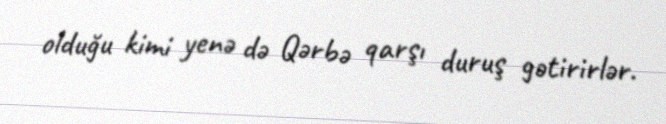
olduğu kimi yenə də Qərbə qarşı duruş gətirirlər.